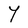
Character: Y